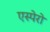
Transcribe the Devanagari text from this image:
एस्पेरो